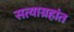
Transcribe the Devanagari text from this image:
सत्याग्रहांत